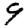
Digit: 9